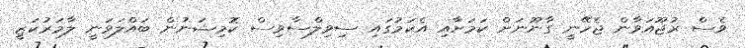
ވެސް ރުޖޫއަވާން ޖެހޭނީ ގާނޫނަށް ކަމަށާއި އެކަމުގައި ސިވިލްސާވިސް ކޮމިޝަނުން ބައްލަވަނީ ލާމަރުކަޒީ